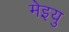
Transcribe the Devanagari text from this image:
मेइयु